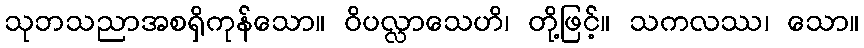
သုဘသညာအစရှိကုန်သော။ ဝိပလ္လာသေဟိ၊ တို့ဖြင့်။ သကလဿ၊ သော။